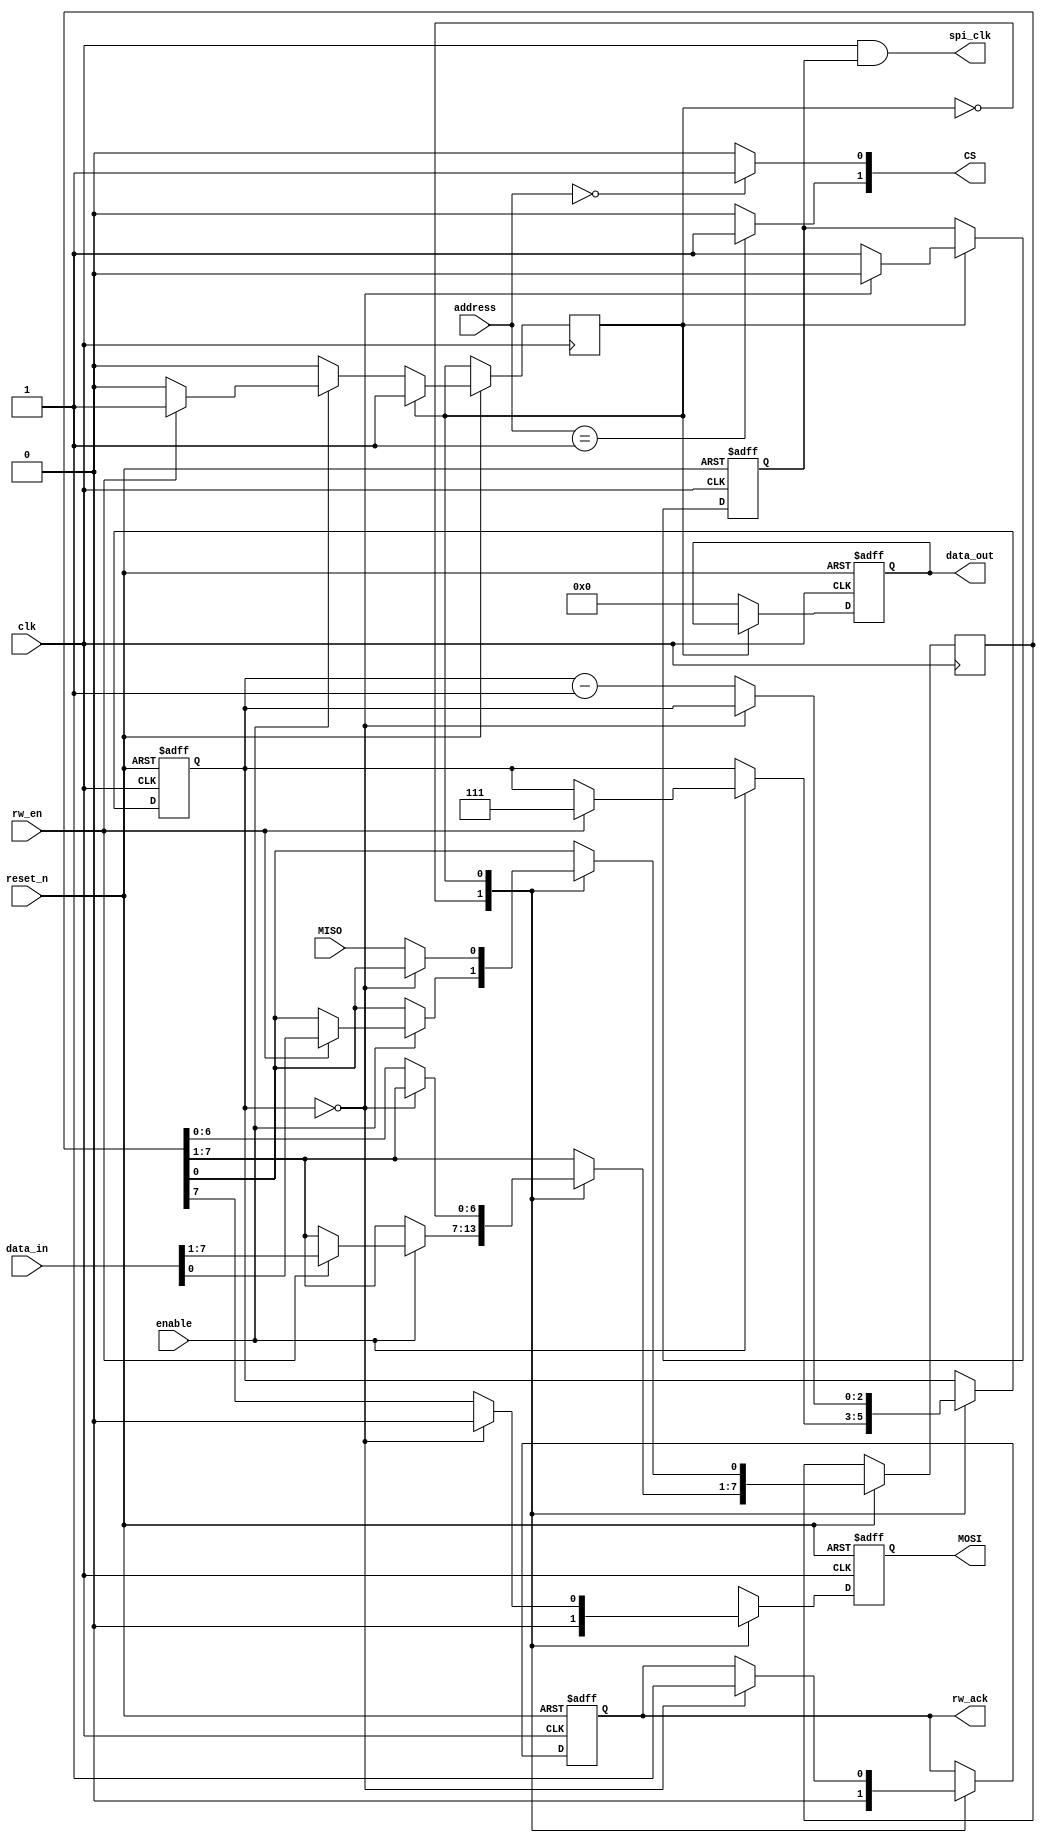
//////////////////////////////////
//                              //
//       SPI MASTER             //
//                              //  
//////////////////////////////////

module spi_master #(
parameter ADDRWIDTH = 2'd3 ,
parameter DATAWIDTH = 4'd8 
)
(
 reset_n ,     
 clk     ,      
 data_in ,  
 address ,     
 enable  ,  
 rw_en   ,
 rw_ack  , 
 data_out,   
 spi_clk ,
 CS      ,
 MISO    ,
 MOSI    
);

input                        reset_n ;     
input                        clk     ;      
input      [DATAWIDTH-1 :0]  data_in ;  
input      [ADDRWIDTH-1:0]   address ;     
input                        enable  ;  
input                        rw_en   ;        
output reg [DATAWIDTH-1:0]   data_out;   
output                       spi_clk ;
output     [ADDRWIDTH-1:0]   CS      ;
input                        MISO    ;
output reg                   MOSI    ;
output reg                   rw_ack  ;

reg [2:0]             counter;
reg                   clk_enable;
reg                   state;
reg  [ADDRWIDTH-1:0]  ss;
reg  [DATAWIDTH-1 :0] send_data;
localparam IDLE      = 2'b00 ;
localparam WRITE_EN  = 2'b01 ;
localparam READ_EN   = 2'b10 ; 

// ADDRESS DECODER 
generate
  genvar i;
  for (i = 0; i < ADDRWIDTH -1 ; i = i + 1)
        begin
           assign CS[i] = address == i ? 1 : 0 ;
        end
endgenerate 

//Clock enable
  assign spi_clk  = clk & clk_enable ;

always @ (posedge clk or negedge reset_n )
  begin
   if(!reset_n) begin
     MOSI <= 1'b0 ;
     data_out <= {DATAWIDTH{1'b0}} ;
	 counter  <= 3'b000;
	 rw_ack   <= 1'b0 ;
	 clk_enable <= 1'b0 ;
   end
  else begin 
  case (state) 
   IDLE :  begin
        data_out <= {DATAWIDTH{1'b0}};
		MOSI     <= 1'b0 ;
		rw_ack   <= 1'b0 ;
        if (enable) begin
		  if (rw_en) begin 
            state <= WRITE_EN ;
			counter <= 3'd7;
			send_data <= data_in ;
			ss        <= address ;
          end
          else if (!rw_en)begin
            state <= READ_EN;
		   end
		   else begin 
             state <= IDLE ;
           end		   
		   
        end
       end
   WRITE_EN : begin
         if(counter == 3'b000)
		   begin
		    MOSI       <= 1'b0 ;
			rw_ack     <= 1'b1 ;
			clk_enable <= 1'b0 ;
		   end 
		 else 
		   begin 
		     MOSI         <= send_data[7]   ; 
       		 send_data    <= send_data << 1 ;
			 send_data[0] <= MISO           ;
			 counter      <= counter - 1    ;
			 clk_enable   <= 1'b1           ;
		   end
		   end
			
   READ_EN : begin
        data_out <= send_data ;
		rw_ack  <= 1;
		   end			
	default :  begin
        state <= IDLE ;
      end
    endcase	
    end
    end
 endmodule